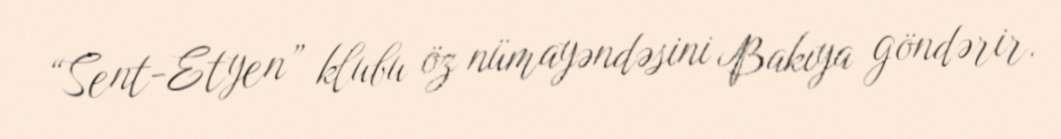
“Sent-Etyen” klubu öz nümayəndəsini Bakıya göndərir.